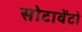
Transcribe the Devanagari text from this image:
सोटावेंटो